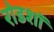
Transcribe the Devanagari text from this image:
रोडशाॅ